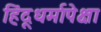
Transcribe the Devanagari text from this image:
हिंदूधर्मापेक्षा